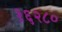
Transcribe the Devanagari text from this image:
१६२८०